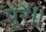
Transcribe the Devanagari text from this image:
पुरें॥